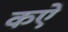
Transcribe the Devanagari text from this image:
कऐ